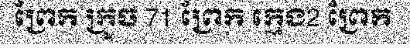
ព្រែក ក្រូច 71 ព្រែក ក្មេង2 ព្រែក